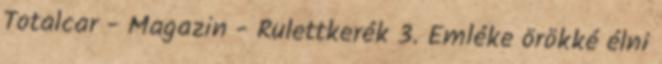
Totalcar - Magazin - Rulettkerék 3. Emléke örökké élni